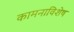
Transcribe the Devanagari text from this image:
कामनाविशेष